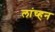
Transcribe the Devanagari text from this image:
लांच्हन